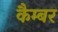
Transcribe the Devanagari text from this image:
कैम्बर